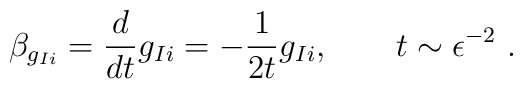
\beta_{g_{Ii}} = \frac{d}{d t} g_{Ii} = -\frac{1}{2t} g_{Ii} , \qquad t \sim \epsilon ^{-2}~.